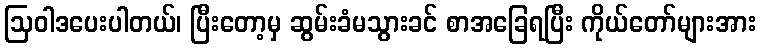
ဩဝါဒပေးပါတယ်၊ ပြီးတော့မှ ဆွမ်းခံမသွားခင် စာအခြေရပြီး ကိုယ်တော်များအား